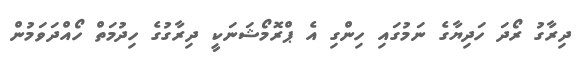
ދިރާގު ރޯދަ ހަދިޔާގެ ނަމުގައި ހިންގި އެ ޕްރޮމޯޝަނަކީ ދިރާގުގެ ހިދުމަތް ހޯއްދަވަމުން